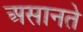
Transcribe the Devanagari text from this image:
असानते